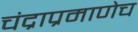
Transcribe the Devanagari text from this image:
चंद्राप्रमाणेच